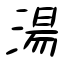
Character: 湯